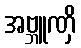
အဗ္ဘူဏှိ